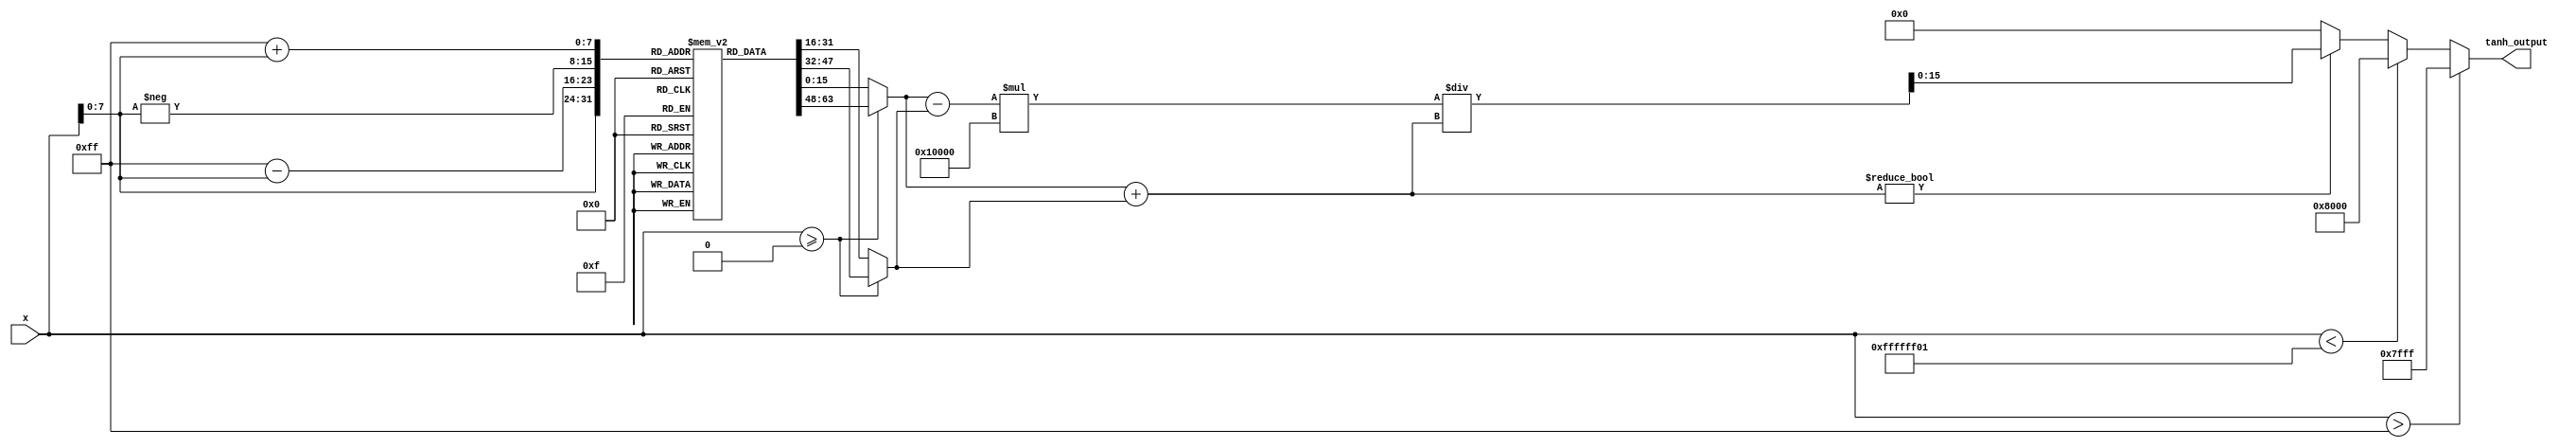
module tanh (
    input wire [15:0] x,          // 16-bit fixed-point input
    output reg [15:0] tanh_output // 16-bit fixed-point output
);

    // Parameters for exponential lookup table size
    parameter LUT_SIZE = 256;
    parameter FIXED_POINT_SCALE = 65536; // 2^16

    // Exponential lookup tables (for demonstration purposes)
    reg [15:0] exp_table [0:LUT_SIZE-1];
    
    initial begin
        // Initialize the lookup table (sample values)
        // This should ideally contain e^x computed values. Only a few entries are shown.
        exp_table[0] = 16'h0001; // e^0
        exp_table[1] = 16'h0002; // e^0.01
        exp_table[2] = 16'h0003; // e^0.02
        // Fill the rest of the table with proper e^x values (not shown for brevity)
        // This should be done for more precise outputs.
    end

    reg [15:0] exp_x;
    reg [15:0] exp_neg_x;
    reg [15:0] numerator;
    reg [15:0] denominator;

    always @(*) begin
        // Handle edge cases
        if (x > 255) begin
            tanh_output = 16'h7FFF; // Asymptote to 1 for large x
        end else if (x < -255) begin
            tanh_output = 16'h8000; // Asymptote to -1 for large -x
        end else begin
            // Calculate e^x and e^{-x}
            if (x >= 0) begin
                exp_x = exp_table[x]; // Access the lookup table for e^x
                exp_neg_x = exp_table[255 - x]; // Access table for e^{-x}
            end else begin
                exp_neg_x = exp_table[-x]; // Access the lookup table for e^{-x}
                exp_x = exp_table[255 + x]; // Access table for e^x
            end
            
            // Compute numerator and denominator
            numerator = exp_x - exp_neg_x;
            denominator = exp_x + exp_neg_x;

            // Compute tanh(x) = (e^x - e^{-x}) / (e^x + e^{-x})
            if (denominator != 0) begin
                tanh_output = (numerator * FIXED_POINT_SCALE) / denominator; // Scale output
            end else begin
                tanh_output = 16'h0000; // Handle division by zero
            end
        end
    end

endmodule